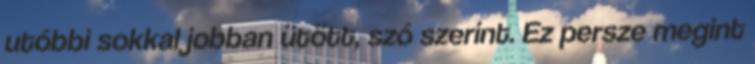
utóbbi sokkal jobban ütött, szó szerint. Ez persze megint